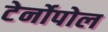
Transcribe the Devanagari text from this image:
टेर्नोपोल